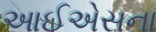
આઈએસના